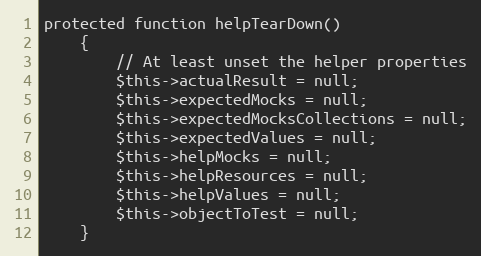
Language: PHP
protected function helpTearDown()
    {
        // At least unset the helper properties
        $this->actualResult = null;
        $this->expectedMocks = null;
        $this->expectedMocksCollections = null;
        $this->expectedValues = null;
        $this->helpMocks = null;
        $this->helpResources = null;
        $this->helpValues = null;
        $this->objectToTest = null;
    }